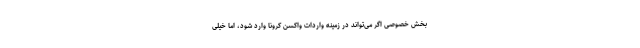
بخش خصوصی اگر می‌تواند در زمینه واردات واکسن کرونا وارد شود، اما خیلی